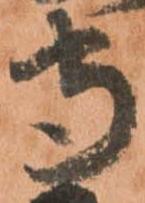
守